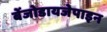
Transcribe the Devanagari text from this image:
बेंजोडायजेपाइन